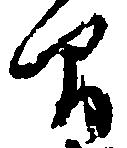
間